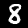
Label: 8